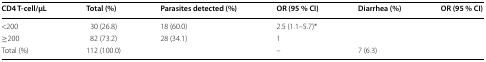
<table><thead><tr><td><b>CD4 T-cell/μL</b></td><td><b>Total (%)</b></td><td><b>Parasites detected (%)</b></td><td><b>OR (95 % CI)</b></td><td><b>Diarrhea (%)</b></td><td><b>OR (95 % CI)</b></td></tr></thead><tbody><tr><td>&lt;200</td><td>30 (26.8)</td><td>18 (60.0)</td><td>2.5 (1.1–5.7)*</td><td>[EMPTY_CELL]</td><td>[EMPTY_CELL]</td></tr><tr><td>≥200</td><td>82 (73.2)</td><td>28 (34.1)</td><td>1</td><td>[EMPTY_CELL]</td><td>[EMPTY_CELL]</td></tr><tr><td>Total (%)</td><td>112 (100.0)</td><td>[EMPTY_CELL]</td><td>–</td><td>7 (6.3)</td><td>[EMPTY_CELL]</td></tr></tbody></table>